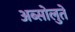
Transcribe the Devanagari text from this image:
अब्सोलुते